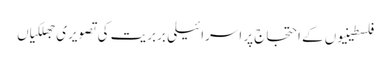
فلسطینیوں کے احتجاج پر اسرائیلی بربریت کی تصویری جھلکیاں